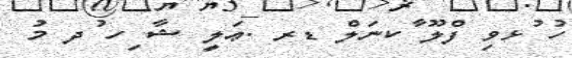
ހު ުޅވި ފްލޫ ާކނަލް ޑރ .ޢަލީ ޝާ ިހ ުދ މު